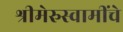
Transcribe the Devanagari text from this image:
श्रीमेरुस्वामींचे